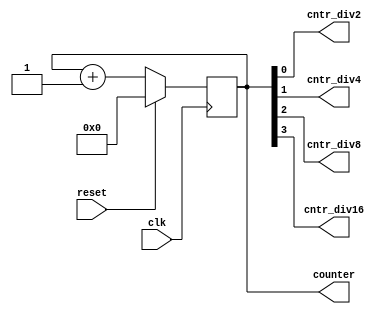
module binary_counter(
  input clk,
  input reset,
  output reg [3:0] counter,
  output cntr_div2,
  output cntr_div4,
  output cntr_div8,
  output cntr_div16
);
  
  always @(posedge clk)
    begin
      if (reset)
        counter <= 0;
      else
        counter <= counter+1;
    end
  
  assign cntr_div2 = counter [0];
  assign cntr_div4 = counter [1];
  assign cntr_div8 = counter [2];
  assign cntr_div16 = counter [3];
  
endmodule